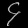
Digit: ၄